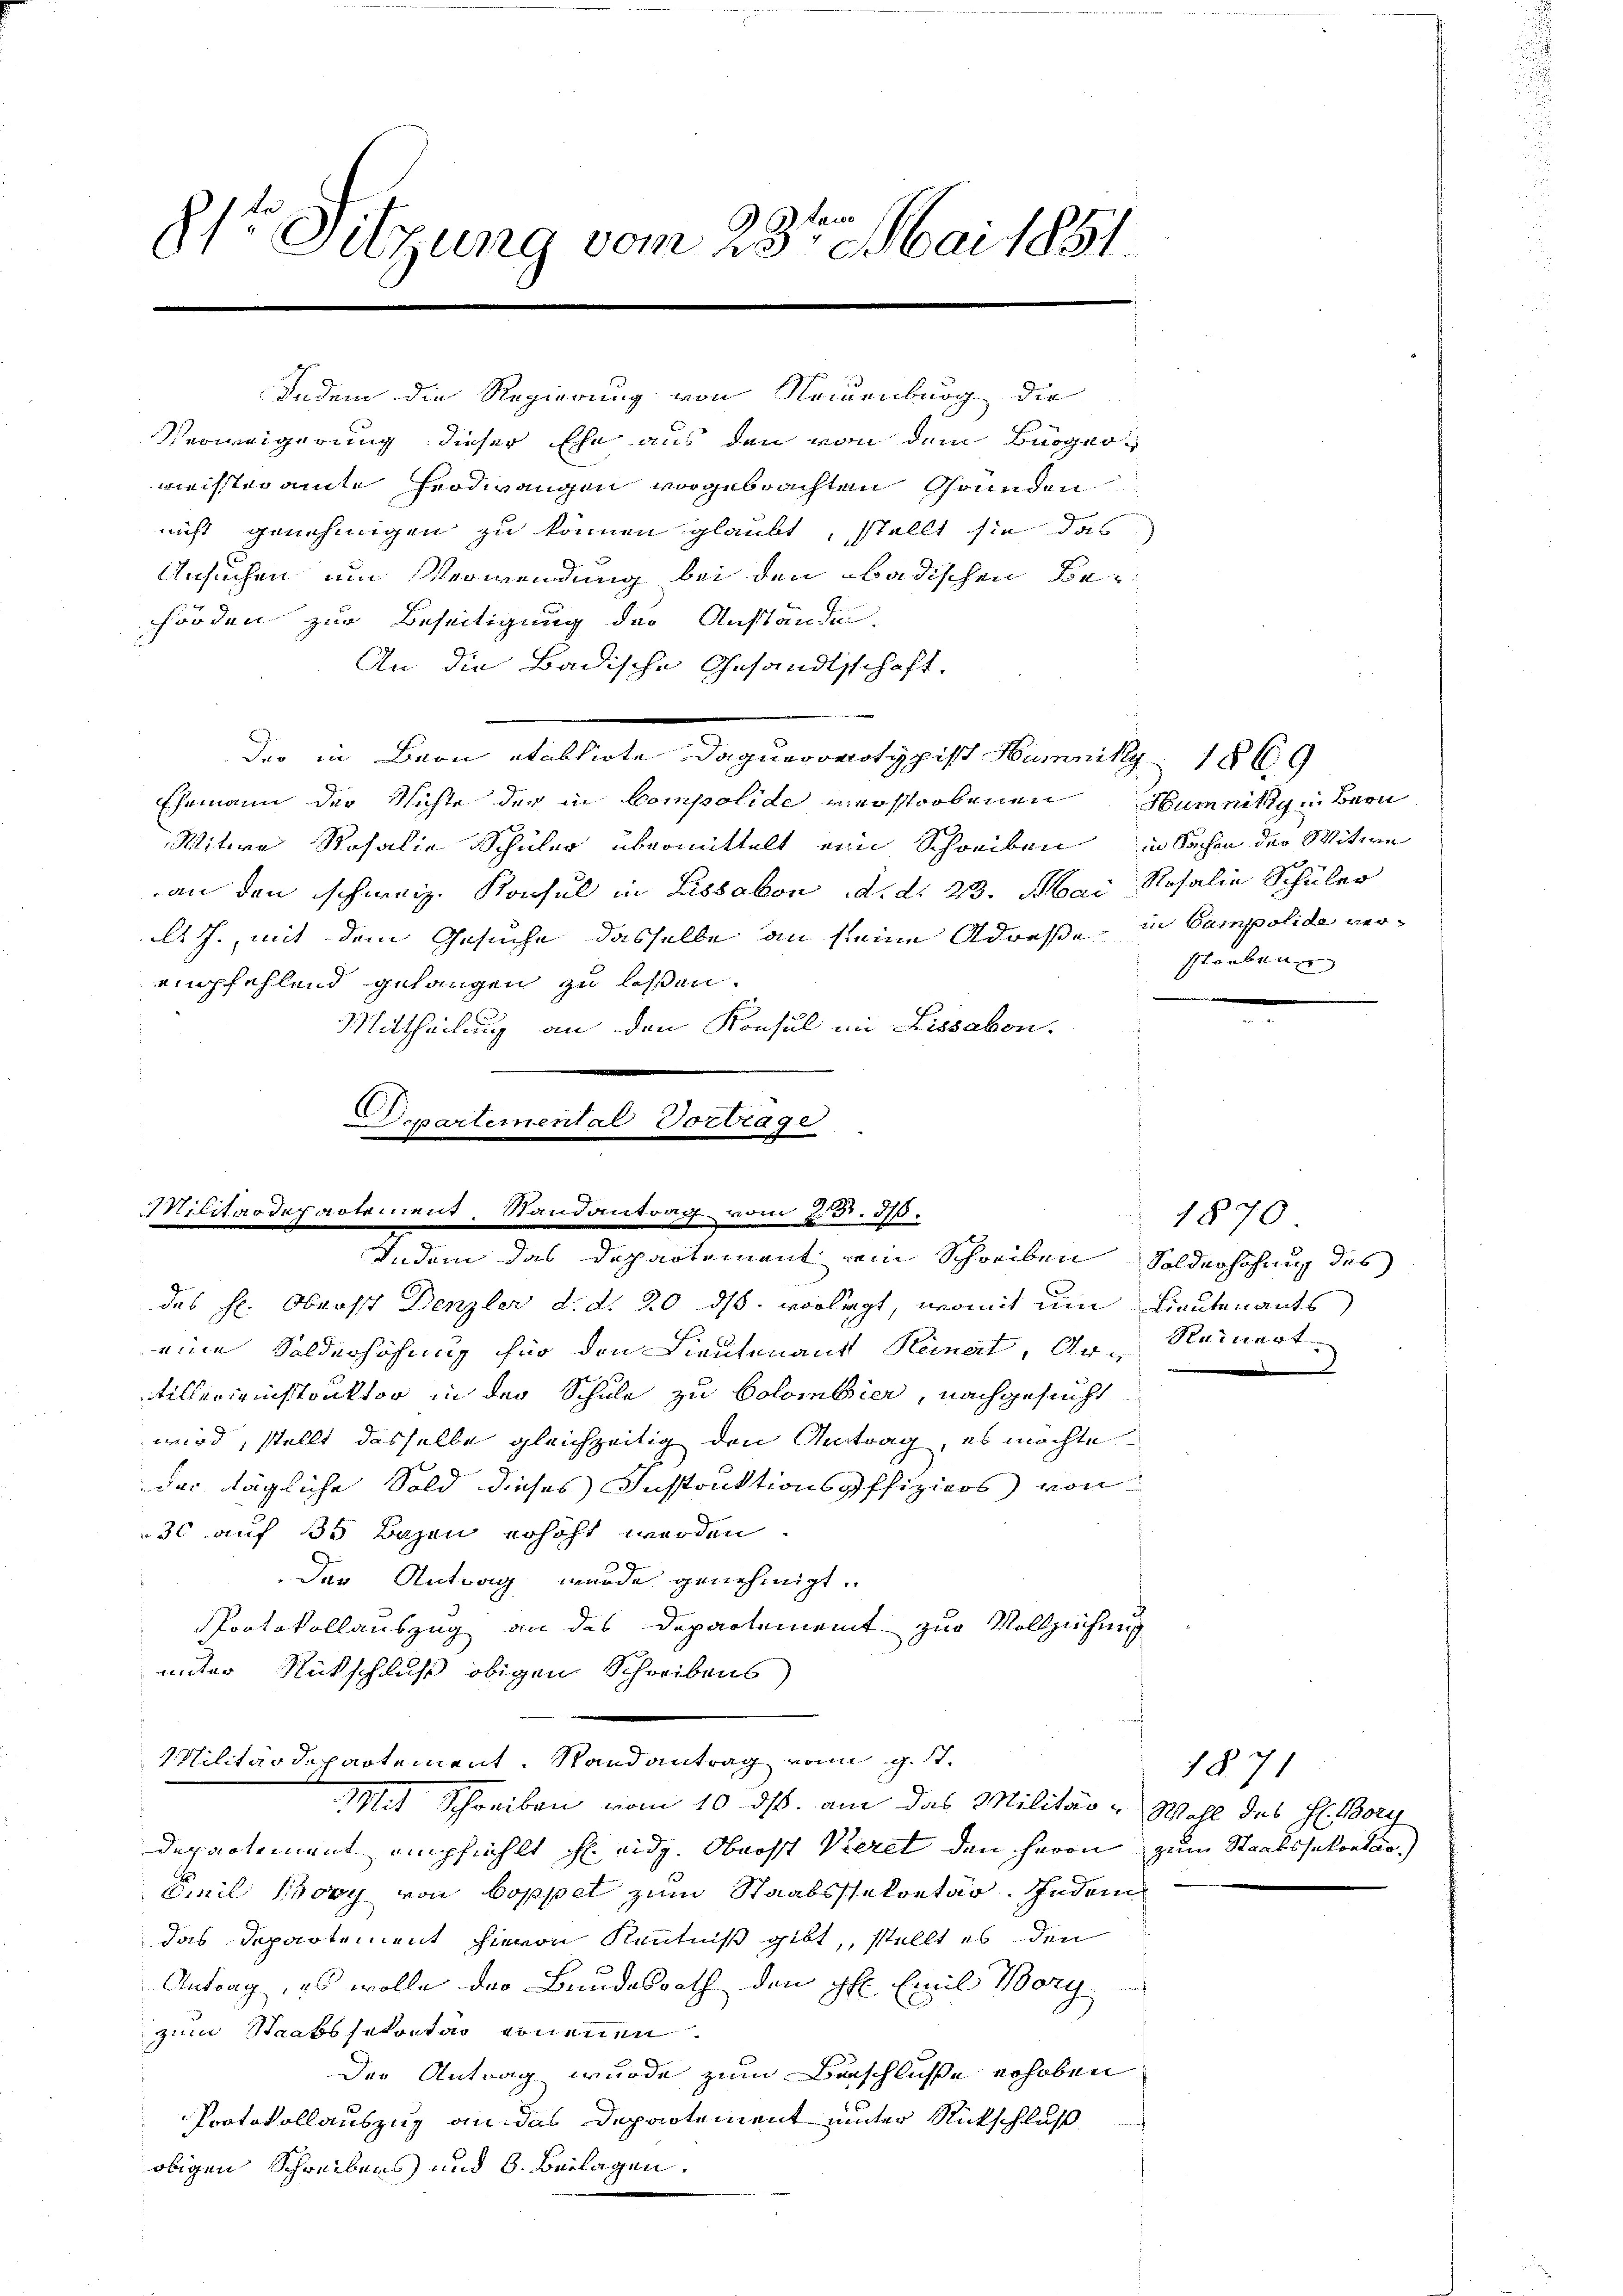
81te Sitzung vom 23ten Mai 1851.

Indem die Regierung von Neuenburg die
Verweigerung dieser Ehe aus den von dem Bürgermechteramte Frodwangen vorgebrachten Grunden
nicht genehmigen zu können glaubt, stellt sie das
Ansuchen um Verwendung bei den badischen Behörden zur Beseitigung der Anständni
An die Badische Gesandtschaft,
Der in Bern etablirte Daquerovotypist Hamnik 1869
Ehemann der Nichte der in Compolide verstorbenen Humniky in Bern
Witwe Rosalie Schüler übermittelt eine Schreiben in Sachen der Witwe
an den schweiz. Konsul in Lissabon d. d. 23. Mai Rosalie Schüler
A., mit dem Gesuche dasselbe an seine Adresse in Campolide verempfehlend gelangen zu lesen.
Mittheilung an den Konsul im Lissabon.
Departemental Vortrage

Militärdepartement, Randantrag vom 23. 370.
Indem das Departement ein Schreiben Solderhohung des

eine Solderhöhung für den Lieutenant Heimat, Ar- Reinert
tillerienistruktor in der Schule zu Colombier, nachgesucht
wird, stellt dasselbe gleichzeitig den Antrag, es möchte

des H. Oberst Denzler d. d. 20. ds. vorlegt, womit um Lieutenants
der tägliche Sold dieses Instruktionspffiziers von
30 auf 35 Bazen erhöht werden.
Der Antrag wurde genehmigt.
Protokollauszug an des Departement zur Vollziehung
unter Rückschluß obigen Schreibens

Militärdepartement. Stand antrag vom 9. 17.
Mit Schreiben vom 10. ds. am das Militär - Wahl des H. Bory

streben

depactement empfiehlt eidg. Oberst Vieret den Herrn zum Staatssekonter
Emil Bovy von Doppel zum Staatssekretär. Indem
das Departement hievon Kenntniß gibt, stellt es den
Antrag, es wolle der Bundesrath den H. Emil Morg
zum Staatssekretär genenen
Der Antrag wurde zum Beschlusse erhoben
Protokollauszug an das Departement unter Rückschluß
obigen Schreibens und 6. Beilagen.

1870

1871